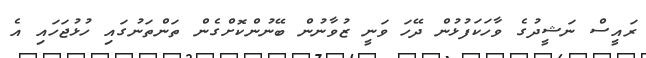
ރައީސް ނަޝީދުގެ ވާހަކަފުޅުން ދޭހަ ވަނީ ޒުވާނުން ބޭނުންކޮށްގެން ތަންތަނުގައި ހުޅުޖަހައި އެ